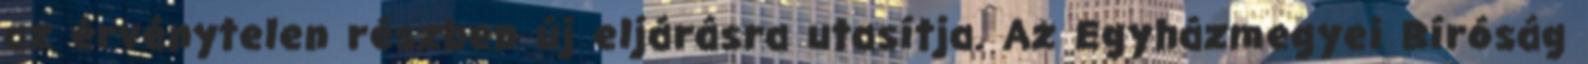
az érvénytelen részben új eljárásra utasítja. Az Egyházmegyei Bíróság